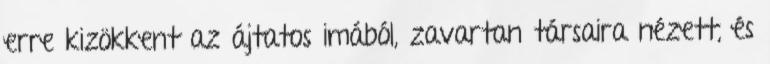
erre kizökkent az ájtatos imából, zavartan társaira nézett, és